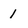
Character: 1